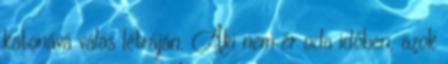
katonává válás létráján. Aki nem ér oda időben, azok